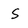
Character: s